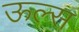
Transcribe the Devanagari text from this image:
ऊल्स